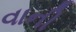
વાની